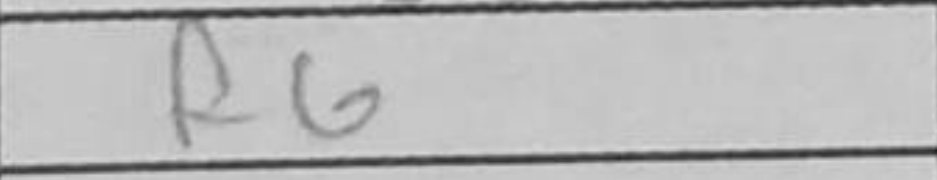
Transcription: f6